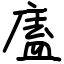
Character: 廅